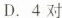
D.4对